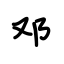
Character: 邓